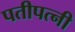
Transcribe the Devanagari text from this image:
पतीपत्‍नी